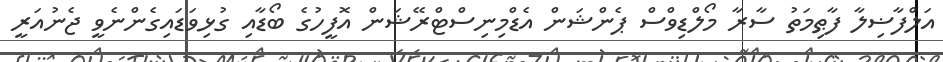
އަލްފާޟިލާ ފާޠިމަތު ސާރާ މޯލްޑިވްސް ޕެންޝަން އެޑްމިނިސްޓްރޭޝަން އޮފީހުގެ ބޯޑާއި ގުޅިވަޑައިގެންނެވީ ޖެނުއަރީ